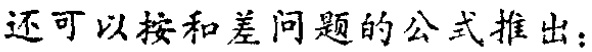
还可以按和差问题的公式推出：